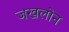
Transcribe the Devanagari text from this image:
जखलोन